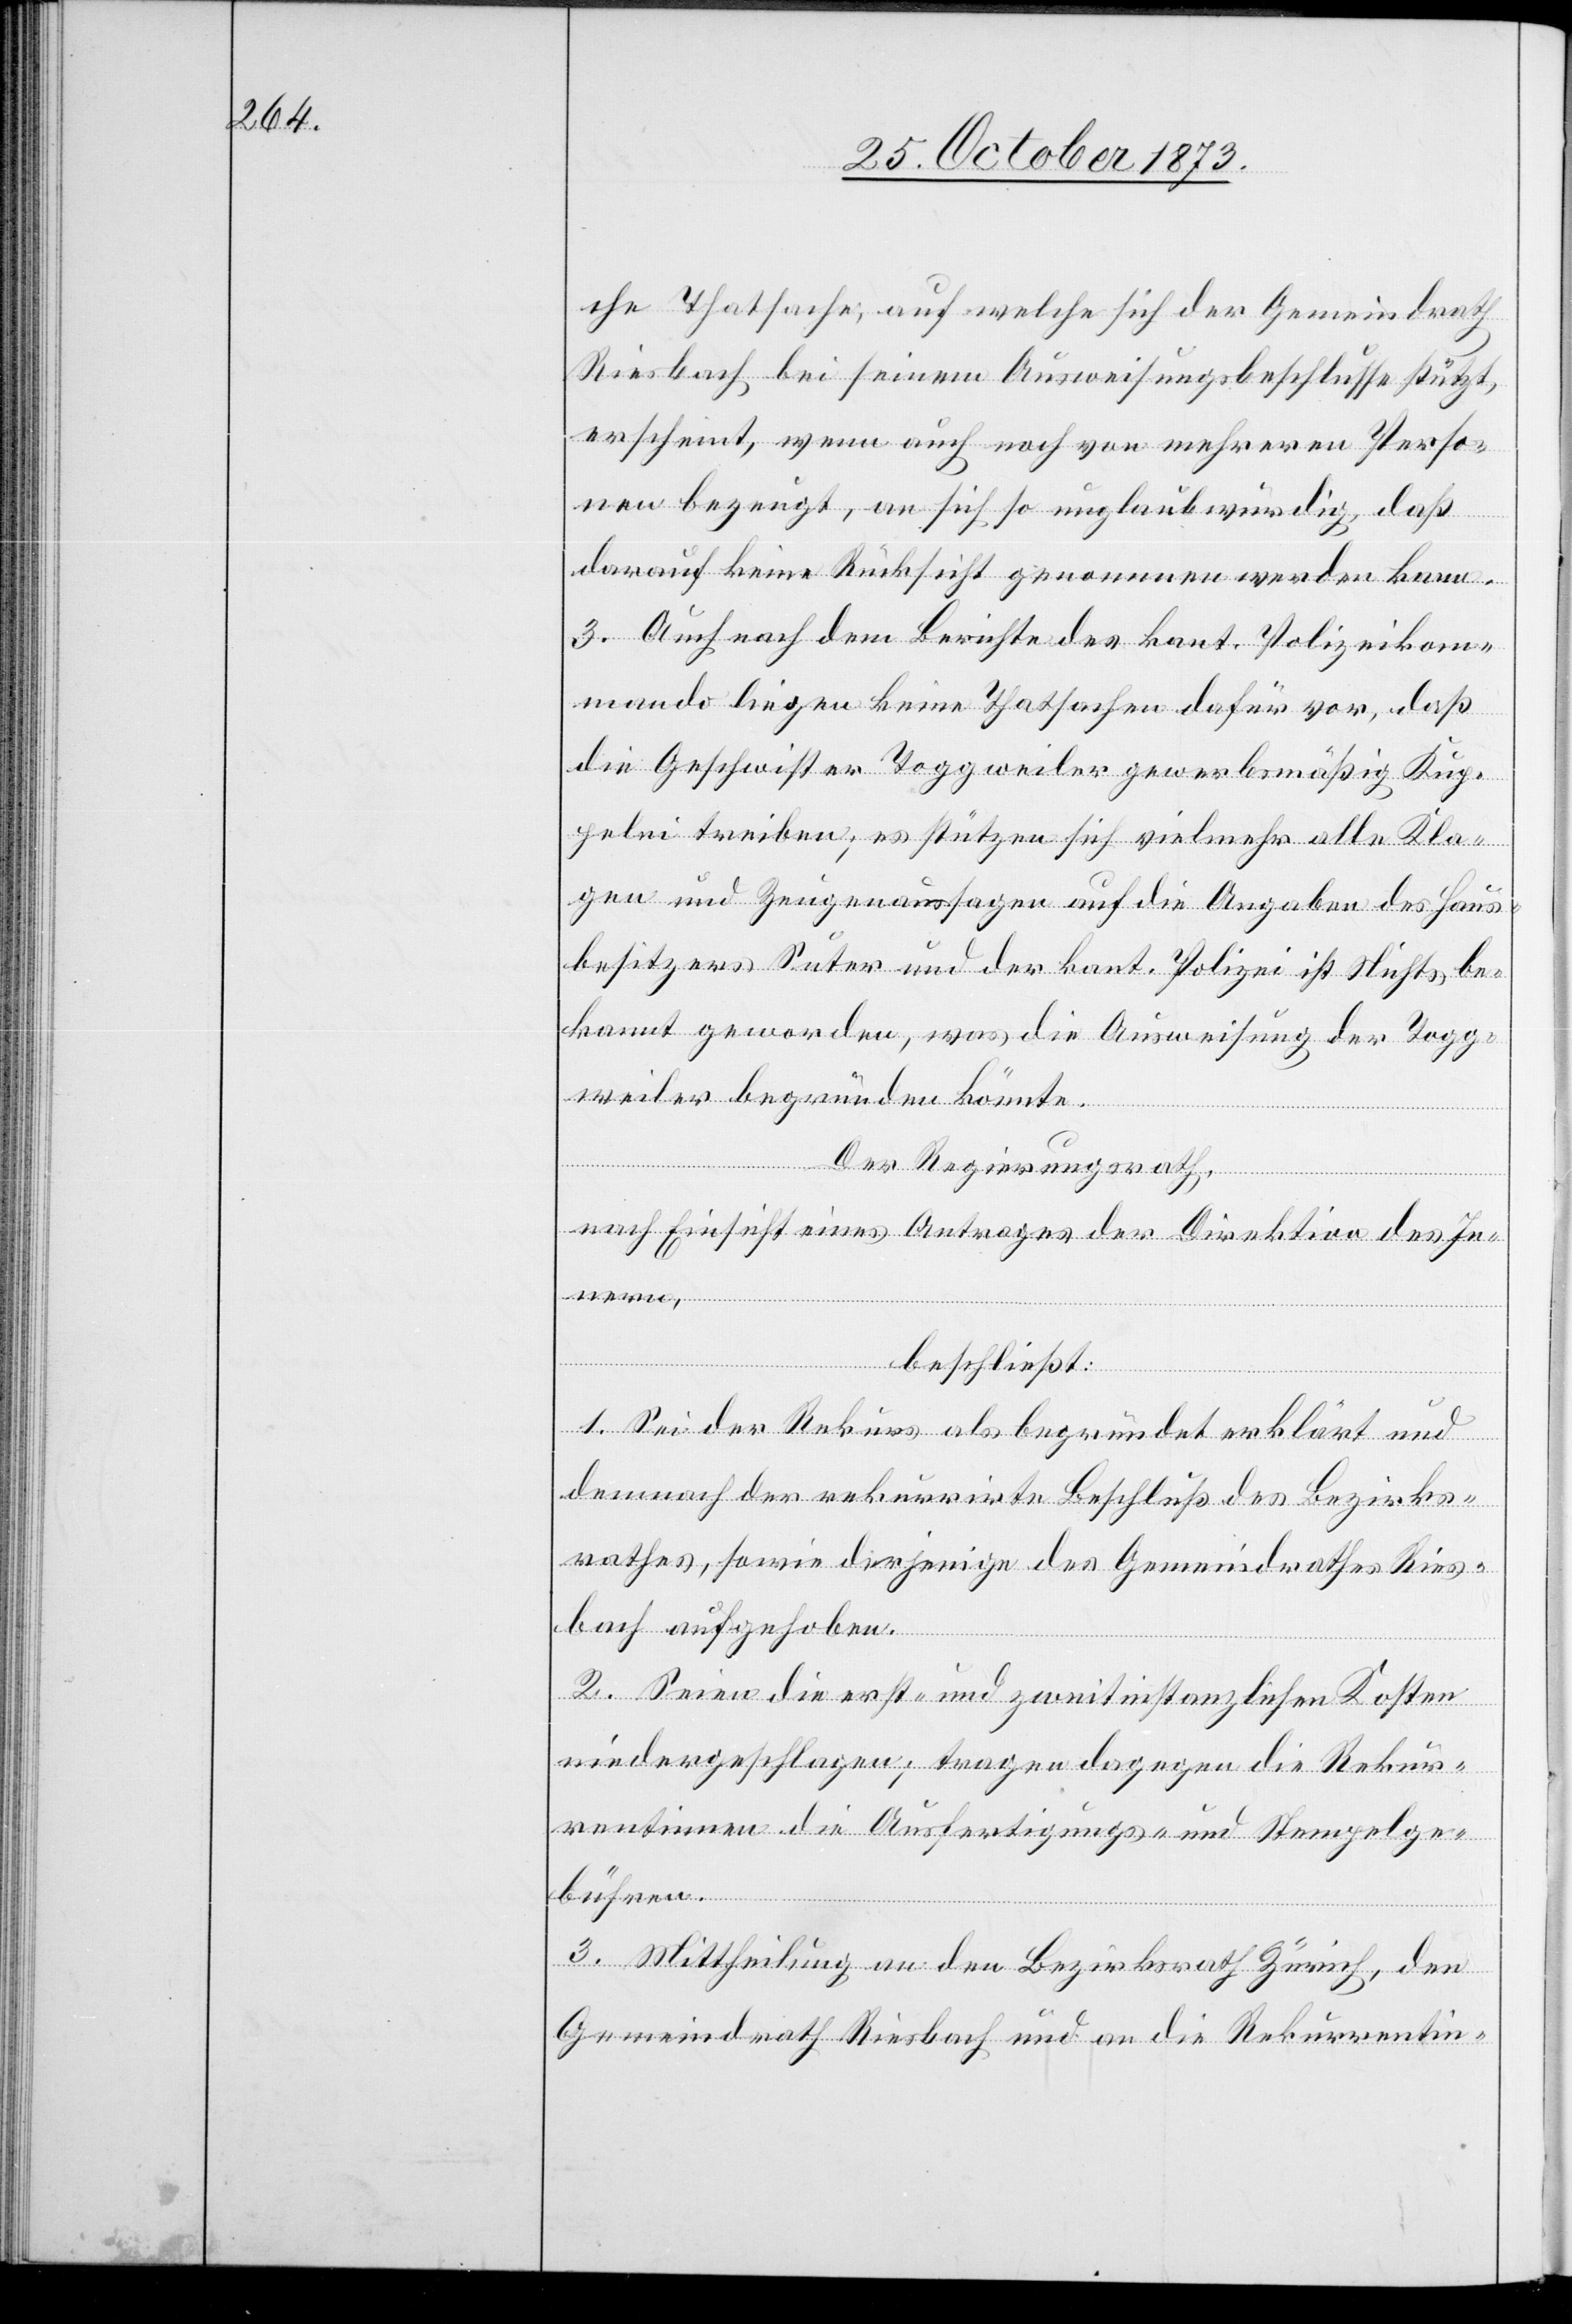
che Thatsache, auf welche sich der Gemeindrath
Riesbach bei seinem Ausweisungsbeschlusse stützt,
erscheint, wenn auch noch von mehreren Perso¬
nen bezeugt, an sich so unglaubwürdig, daß
darauf keine Rücksicht genommen werden kann.
3. Auch nach dem Berichte des kant. Polizeikom¬
mando liegen keine Thatsachen dafür vor, daß
die Geschwister Toggweiler gewerbsmäßig Kup¬
pelei treiben; es stützen sich vielmehr alle Kla¬
gen und Zeugenaussagen auf die Angaben des Haus¬
besitzers Suter und der kant. Polizei ist Nichts be¬
kannt geworden, was die Ausweisung der Togg¬
weiler begründen könnte.
nern,
Der Regierungsrath,
nach Einsicht eines Antrages der Direktion des In¬
beschließt:
1. Sei der Rekurs als begründet erklärt und
demnach der rekurrirte Beschluß des Bezirks¬
rathes, sowie derjenige des Gemeindrathes Ries¬
bach aufgehoben.
2. Seien die erst- und zweitinstanzlichen Kosten
niedergeschlagen; tragen dagegen die Rekur¬
rentinnen die Ausfertigungs- und Stempelge¬
bühren.
3. Mittheilung an den Bezirksrath Zürich, den
Gemeindrath Riesbach und an die Rekurrentin-